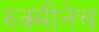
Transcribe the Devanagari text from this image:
रुक्मीनेच